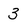
Character: 3